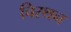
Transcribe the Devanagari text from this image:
चिरथन